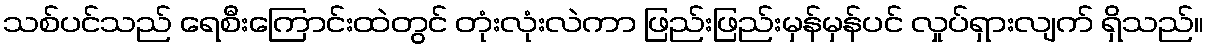
သစ်ပင်သည် ရေစီးကြောင်းထဲတွင် တုံးလုံးလဲကာ ဖြည်းဖြည်းမှန်မှန်ပင် လှုပ်ရှားလျက် ရှိသည်။